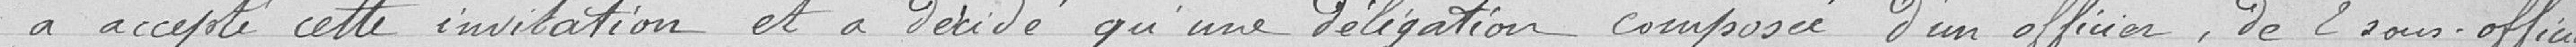
a accepté cette invitation et a décidé qu'une délégation composée d'un officier, de 2 sous-officiers